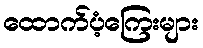
ထောက်ပံ့ကြေးများ